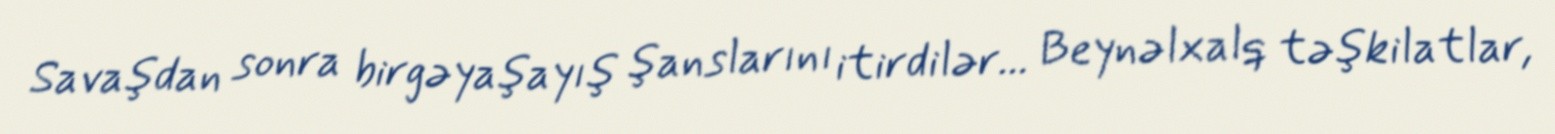
Savaşdan sonra birgəyaşayış şanslarını itirdilər... Beynəlxalq təşkilatlar,